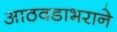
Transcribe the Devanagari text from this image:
आठवडाभराने